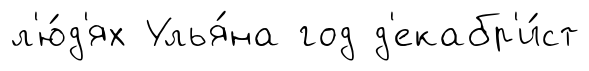
л'ю́д'ях Улья́на год д'екабр'и́ст